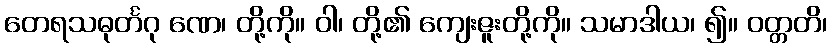
တေရသဓုင်္တဂု ဏေ၊ တို့ကို။ ဝါ၊ တို့၏ ကျေးဇူးတို့ကို။ သမာဒါယ၊ ၍။ ဝတ္တတိ၊